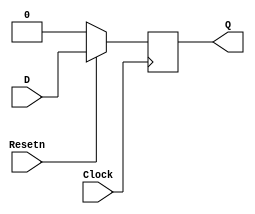
module flipflop (D, Resetn, Clock, Q);
	input D, Resetn, Clock;
	output Q;
	reg Q;	
	
	always @(posedge Clock)
		if (Resetn == 0)
			Q <= 1'b0;
		else
			Q <= D;
endmodule